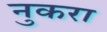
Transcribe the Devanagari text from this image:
नुकरा